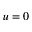
u = 0